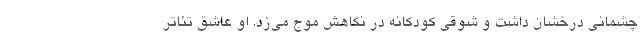
چشمانی درخشان داشت و شوقی کودکانه در نگاهش موج می‌زد. او عاشق تئاتر